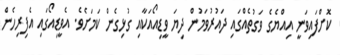
ކޮށްފައިވަނީ އިއްޔެގެ ވަގުތެއްގައި ދައުރުވަމުން ދިޔަ ވީޑިއޯއަކާއި ގުޅިގެން ކަމަށެވެ. އެވީޑިއޯގައި އެފިރިހެން